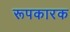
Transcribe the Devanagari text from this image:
रूपकारक